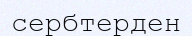
сербтерден